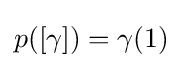
p([\gamma ])=\gamma (1)